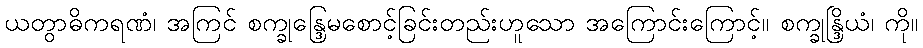
ယတွာဓိကရဏံ၊ အကြင် စက္ခုန္ဒြေမစောင့်ခြင်းတည်းဟူသော အကြောင်းကြောင့်။ စက္ခုန္ဒြိယံ၊ ကို။